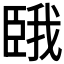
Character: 𫇇